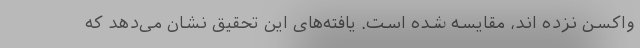
واکسن نزده اند، مقایسه شده است. یافته‌های این تحقیق نشان می‌دهد که